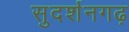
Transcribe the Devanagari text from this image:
सुदर्शनगढ़